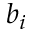
b _ { i }